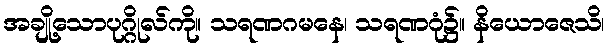
အချို့သောပုဂ္ဂိုလ်ကို။ သရဏဂမနေ၊ သရဏဂုံ၌။ နိယောဇေသိ၊